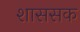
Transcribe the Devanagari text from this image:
शाससक